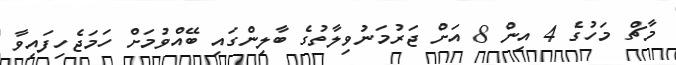
މާޗް މަހުގެ 4 އިން 8 އަށް ޖަރުމަނުވިލާތުގެ ބާލިންގައި ބޭއްވުމަށް ހަމަޖެހިފައިވާ